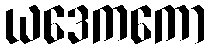
ယဒေကကော